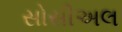
સોસીઅલ